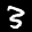
Label: 3